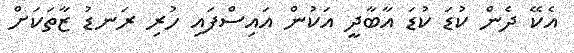
އެކޭ ދެން ކުޑަ ކުޑަ އާބާދީ އަކުން އައިސްފައި ހުރި ރަނޑު ޒާތަކަށް